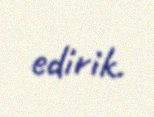
edirik.